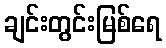
ချင်းတွင်းမြစ်ရေ